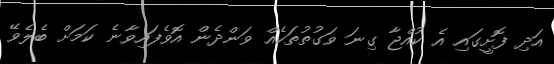
އަދި ފޮށީގައި އެ ކުއްޖާ ގިނަ ވަގުތުތަކެއް ވަންދެން އޮވެފައިވާނެ ކަަމަށް ބެލެވޭ